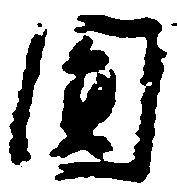
円